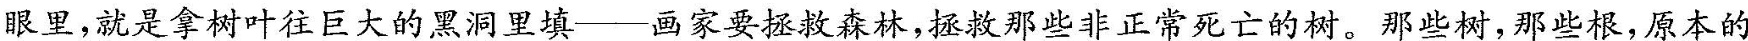
眼里，就是拿树叶往巨大的黑洞里填一一画家要拯救森林，拯救那些非正常死亡的树。那些树，那些根，原本的